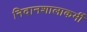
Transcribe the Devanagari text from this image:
निदानशालाकर्मी